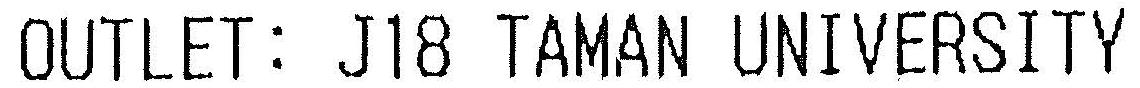
OUTLET: J18 TAMAN UNIVERSITY